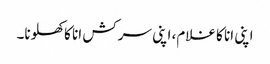
اپنی انا کا غلام، اپنی سرکش انا کا کھلونا۔